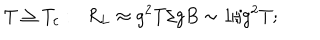
T \geq T _ { c } : \; \; R _ { L } \approx g ^ { 2 } T / g B \sim 1 / g ^ { 2 } T ;